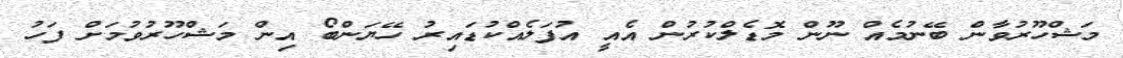
މަޝްހޫރުވާން ބޭނުމެއް ނޫން މޮޑެލްކުރުން އެއީ އުފަލެއްކުޑައިރު ހޭޔަންބޯ އިން މަޝްހޫރުވުމަށް ފަހު